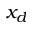
x _ { d }